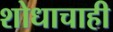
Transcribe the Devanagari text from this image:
शोधाचाही